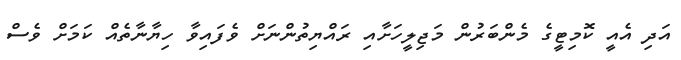
އަދި އެއީ ކޮމިޓީގެ މެންބަރުން މަޖިލީހަށާއި ރައްޔިތުންނަށް ވެފައިވާ ހިޔާނާތެއް ކަމަށް ވެސް